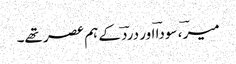
میرؔ ، سوداؔ اور دردؔ کے ہم عصر تھے۔